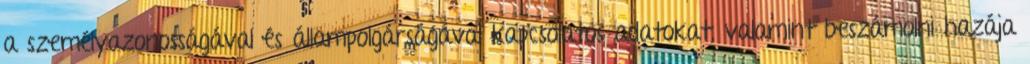
a személyazonosságával és állampolgárságával kapcsolatos adatokat, valamint beszámolni hazája